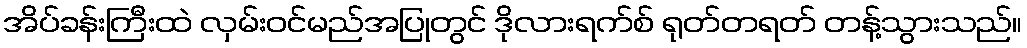
အိပ်ခန်းကြီးထဲ လှမ်းဝင်မည်အပြုတွင် ဒိုလားရက်စ် ရုတ်တရတ် တန့်သွားသည်။